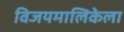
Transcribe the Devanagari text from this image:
विजयमालिकेला